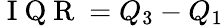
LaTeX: \mathrm{~I~Q~R~}=Q_{3}-Q_{1}